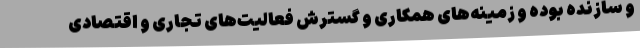
و سازنده بوده و زمینه‌های همکاری و گسترش فعالیت‌های تجاری و اقتصادی